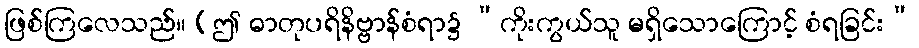
ဖြစ်ကြလေသည်။ (ဤ ဓာတုပရိနိဗ္ဗာန်စံရာ၌ ”ကိုးကွယ်သူ မရှိသောကြောင့် စံရခြင်း”